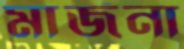
মার্জনা